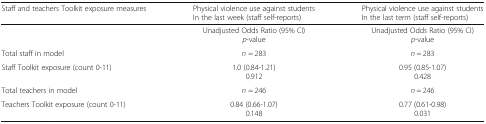
| Staff and teachers Toolkit exposure measures | Physical violence use against studentsIn the last week (staff self-reports) | Physical violence use against studentsIn the last term (staff self-reports) |
 | --- | --- | --- |
 |  | Unadjusted Odds Ratio (95% CI)p-value | Unadjusted Odds Ratio (95% CI)p-value |
 | Total staff in model | n = 283 | n = 283 |
 | Staff Toolkit exposure (count 0-11) | 1.0 (0.84-1.21)0.912 | 0.95 (0.85-1.07)0.428 |
 | Total teachers in model | n = 246 | n = 246 |
 | Teachers Toolkit exposure (count 0-11) | 0.84 (0.66-1.07)0.148 | 0.77 (0.61-0.98)0.031 |